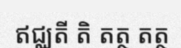
ឥជ្ឈតី តិ តត្ថ តត្ថ